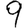
Digit: 9